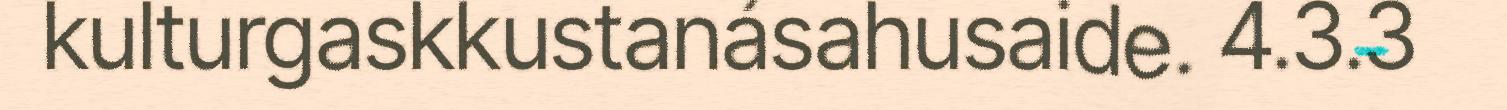
kulturgaskkustanásahusaide. 4.3.3